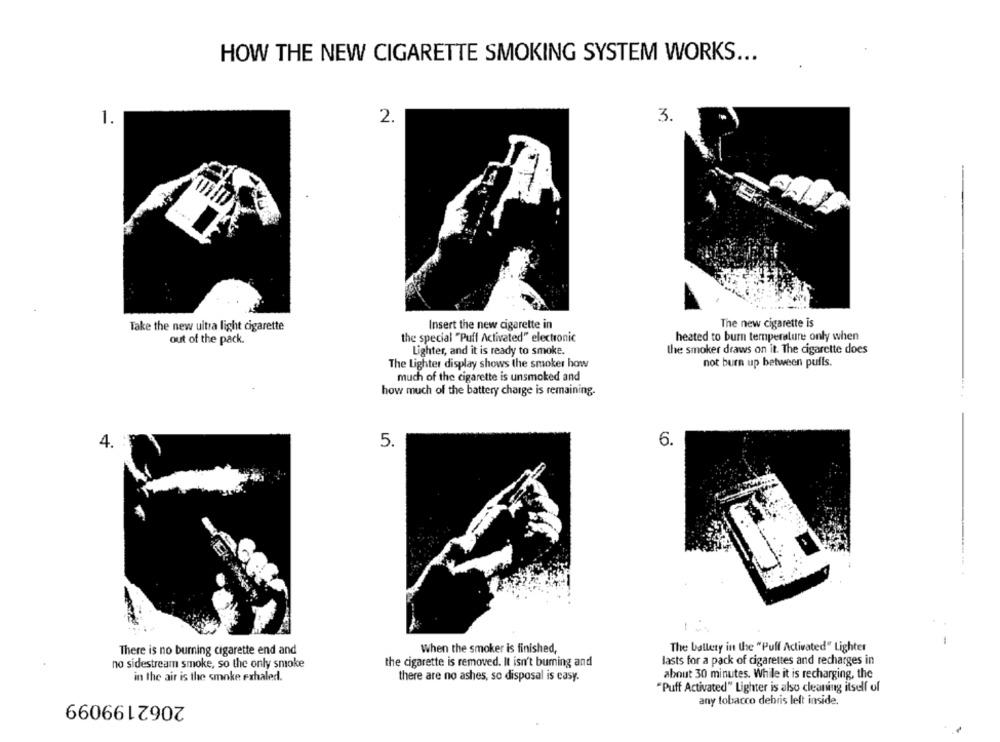
HOW THE NEW CIGARETTE SMOKING SYSTEM WORKS ...
3.
1.
2.
Take the new ultra light cigarette
Insert the new cigarette in
The new cigarette is
out of the pack.
the special "Puff Activated" electronic
heated to burn temperature only when
the smoker draws on it. The cigarette does
Lighter, and it is ready to smoke.
The Lighter display shows the smoker how
not burn up between pulls.
much of the cigarette is unsmoked and
how much of the battery charge is remaining.
4.
5.
6.
There is no burning cigarette end and
When the smoker is finished,
The ballety in the "Puff Activated" Lighter
lasts for a pack of cigarettes and recharges in
no sidestream smoke, so the only smoke
the cigarette is removed. It isn't buming and
in the air is the smoke exhaled.
about 30 minutes. While it is recharging, the
there are no ashes, so disposal is casy.
"Puff Activated" Lighter is also cleaning itself of
2062199099
any tobacco debris left inside.